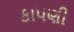
કાપણી